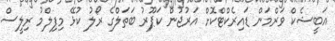
އަބީޝެކް ވަރްމަން ޑައިރެކްޓްކޮށް އަރުޖުން ކަޕޫރު ބަތަލްގެ ރޯލު ކުޅޭ މިފިލްމު ރިލީސް